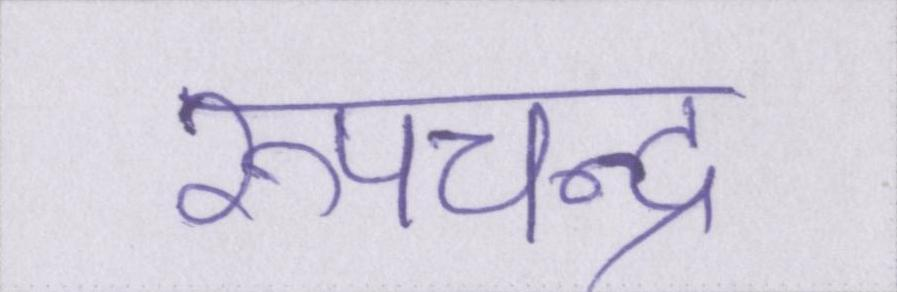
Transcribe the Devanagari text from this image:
रूपचन्द्र